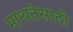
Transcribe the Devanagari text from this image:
मान्यतेसाठी